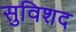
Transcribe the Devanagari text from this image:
सुविशद